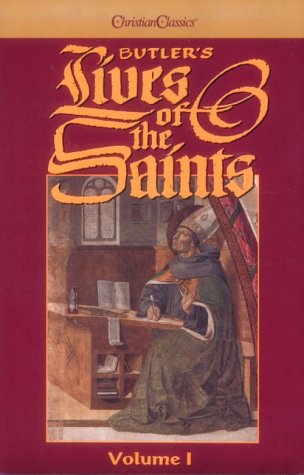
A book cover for Butler's Lives of the Saints (4 Volume Set); Alban Butler; Biographies & Memoirs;